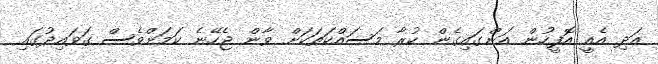
އަދި އެއީ އޮފީހުން އަންގައިގެން ކުރާ މަސައްކަތަކަށް ވާން ޖެހޭނެ ކަމަށްވެސް ގަވައިދުގައި